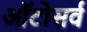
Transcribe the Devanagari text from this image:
ऑटोसर्व